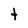
Character: t